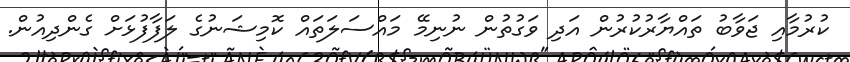
ކުރުމާއި ޖަވާބު ތައްޔާރުކުރުން އަދި ވަގުތުން ނުނިމޭ މައްސަލަތައް ކޮމިޝަނުގެ ލަފާފުޅަށް ގެންދިއުން.